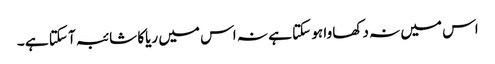
اس میں نہ دکھا وا ہو سکتا ہے نہ اس میں ریاکا شائبہ آ سکتا ہے ۔